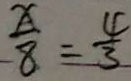
\frac { x } { 8 } = \frac { 4 } { 3 }